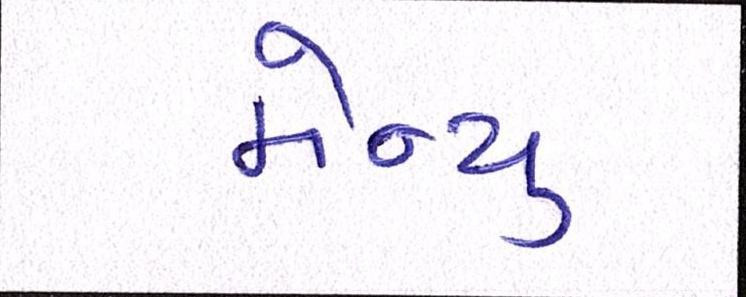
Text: મેન્યુ